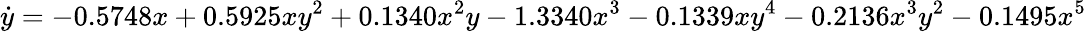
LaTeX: \dot{y}=-0.5748x+0.5925xy^{2}+0.1340x^{2}y-1.3340x^{3}-0.1339xy^{4}-0.2136x^{3}y^{2}-0.1495x^{5}